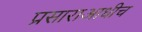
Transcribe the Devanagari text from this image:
प्रसाराआधीच